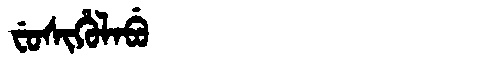
Manchu: ᠸᡠᠰᡳᡥᡠᠯᠠᠪᡠ
Romanization: FUSIHULABU